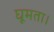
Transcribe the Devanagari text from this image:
घूमता।